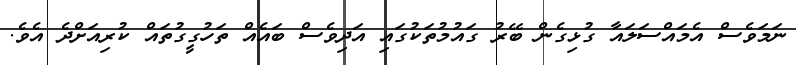
ނަމަވެސް އެމައްސަލައާ ގުޅިގެން ބޭރު ގައުމުތަކުގައި އަދިވެސް ބައެއް ތަހުގީގުތައް ކުރިއަށްދެ އެވެ.